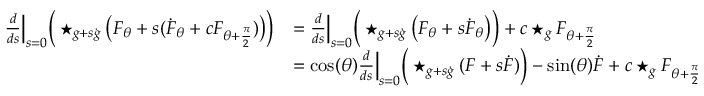
\begin{array} { r l } { \frac { d } { d s } \Big \lvert _ { s = 0 } \Big ( \star _ { g + s \dot { g } } \big ( F _ { \theta } + s ( \dot { F } _ { \theta } + c F _ { \theta + \frac { \pi } { 2 } } ) \big ) \Big ) } & { = \frac { d } { d s } \Big \lvert _ { s = 0 } \Big ( \star _ { g + s \dot { g } } \big ( F _ { \theta } + s \dot { F } _ { \theta } \big ) \Big ) + c \star _ { g } F _ { \theta + \frac { \pi } { 2 } } } \\ & { = \cos ( \theta ) \frac { d } { d s } \Big \lvert _ { s = 0 } \Big ( \star _ { g + s \dot { g } } ( F + s \dot { F } ) \Big ) - \sin ( \theta ) \dot { F } + c \star _ { g } F _ { \theta + \frac { \pi } { 2 } } } \end{array}